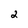
Character: 2